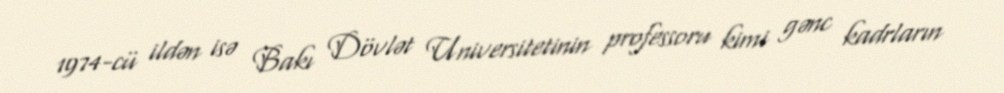
1974-cü ildən isə Bakı Dövlət Universitetinin professoru kimi gənc kadrların